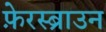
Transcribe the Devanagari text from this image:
फ़ेरस्ब्राउन